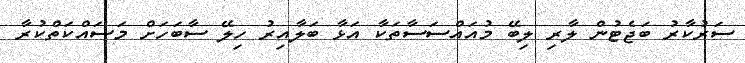
ސަރުކާރު ބަޖެޓުން ލާރި ލިބޭ މުއައްސަސާތަކާ އަޅާ ބަލާއިރު ހިލޭ ސާބަހަށް މަސައްކަތްކުރާ